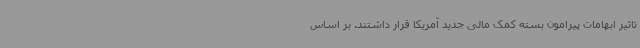
تاثیر ابهامات پیرامون بسته کمک مالی جدید آمریکا قرار داشتند. بر اساس